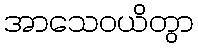
အာသေဝယိတွာ